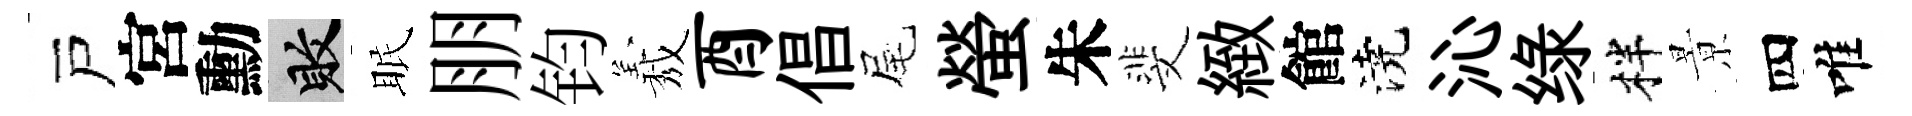
戸宮勳敗眠朋钧𦏁酉倡尾螢朱斐緻館澆沁绿柈㬌四唯